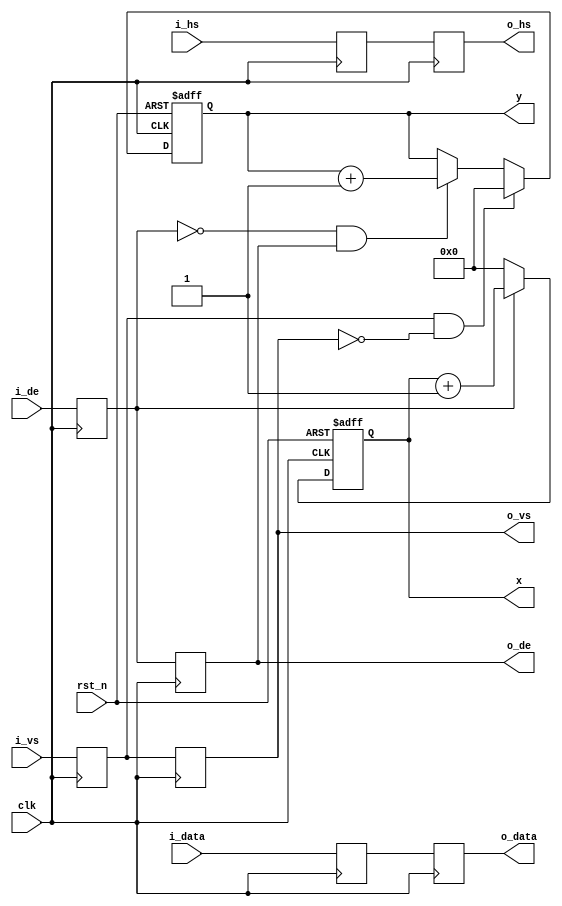
//////////////////////////////////////////////////////////////////////////////////
//                                                                              //
//                                                                              //
//          msq@qq.com                                                          //
//          ALINX(shanghai) Technology Co.,Ltd                                  //
//          heijin                                                              //
//     WEB: http://www.alinx.cn/                                                //
//     BBS: http://www.heijin.org/                                              //
//                                                                              //
//////////////////////////////////////////////////////////////////////////////////
//                                                                              //
// Copyright (c) 2017,ALINX(shanghai) Technology Co.,Ltd                        //
//                    All rights reserved                                       //
//                                                                              //
// This source file may be used and distributed without restriction provided    //
// that this copyright statement is not removed from the file and that any      //
// derivative work contains the original copyright notice and the associated    //
// disclaimer.                                                                  //
//                                                                              //
//////////////////////////////////////////////////////////////////////////////////

//================================================================================
//  Revision History:
//  Date          By            Revision    Change Description
//--------------------------------------------------------------------------------
//  2017/7/14    meisq         1.0         Original
//********************************************************************************/
module timing_gen_xy(
	input                   rst_n,   
	input                   clk,
	input                   i_hs,    
	input                   i_vs,    
	input                   i_de,    
	input[23:0]             i_data,  
	output                  o_hs,    
	output                  o_vs,    
	output                  o_de,    
	output[23:0]            o_data,  
	output[11:0]            x,        // video position X
	output[11:0]            y         // video position y
);
reg de_d0;
reg de_d1;
reg vs_d0;
reg vs_d1;
reg hs_d0;
reg hs_d1;
reg[23:0] i_data_d0;
reg[23:0] i_data_d1;
reg[11:0] x_cnt = 12'd0;
reg[11:0] y_cnt = 12'd0;
wire vs_edge;
wire de_falling;
assign vs_edge = vs_d0 & ~vs_d1;  
assign de_falling = ~de_d0 & de_d1;
assign o_de = de_d1;
assign o_vs = vs_d1;
assign o_hs = hs_d1;
assign o_data = i_data_d1;
always@(posedge clk)
begin
	de_d0 <= i_de;
	de_d1 <= de_d0;
	vs_d0 <= i_vs;
	vs_d1 <= vs_d0;
	hs_d0 <= i_hs;
	hs_d1 <= hs_d0;
	i_data_d0 <= i_data;
	i_data_d1 <= i_data_d0;
end
always@(posedge clk or negedge rst_n)
begin
	if(rst_n == 1'b0)
		x_cnt <= 12'd0;
	else if(de_d0 == 1'b1)
		x_cnt <= x_cnt + 12'd1;
	else
		x_cnt <= 12'd0;
end
always@(posedge clk or negedge rst_n)
begin
	if(rst_n == 1'b0)
		y_cnt <= 12'd0;
	else if(vs_edge == 1'b1)
		y_cnt <= 12'd0;
	else if(de_falling == 1'b1)
		y_cnt <= y_cnt + 12'd1;
	else
		y_cnt <= y_cnt;
end
assign x = x_cnt;
assign y = y_cnt;
endmodule